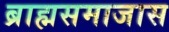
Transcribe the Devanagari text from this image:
ब्राह्मसमाजास